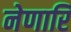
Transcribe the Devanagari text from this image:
नेणारि